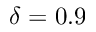
\delta = 0 . 9